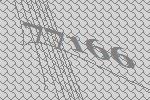
77166